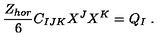
{ \frac { Z _ { h o r } } { 6 } } C _ { I J K } X ^ { J } X ^ { K } = Q _ { I } \ .